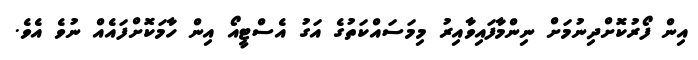
އިން ފޯރުކޮށްދިނުމަށް ނިންމާފައިވާއިރު މިމަސައްކަތުގެ އަގު އެސްޓީއޯ އިން ހާމަކޮށްފައެއް ނުވެ އެވެ.